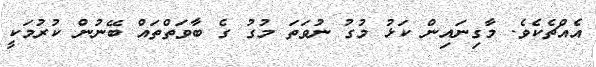
އެއްޗެކެވެ. މާގިނައިން ކަޅު މުގު ނުވަތަ މުގު ގެ ބާވަތްތައް ބޭނުން ކުރުމަކީ